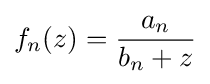
f_{n}(z)={\frac {a_{n}}{b_{n}+z}}